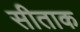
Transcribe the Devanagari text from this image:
सीताक